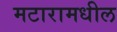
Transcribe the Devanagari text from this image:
मटारामधील